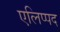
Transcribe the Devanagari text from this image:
एलिप्पद